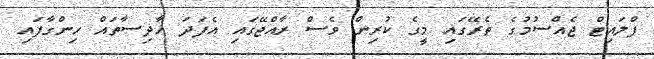
ފްލައިޓް ޖެއްސުމުގެ ތެރޭގައި މީގެ ކުރިން ވެސް ރާއްޖޭގައި އެފަދަ ހާދިސާތައް ހިންގާފައި